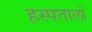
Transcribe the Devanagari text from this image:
हस्पतालो